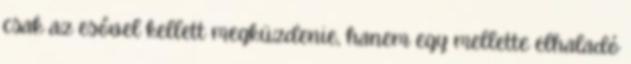
csak az esővel kellett megküzdenie, hanem egy mellette elhaladó